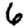
Digit: 6